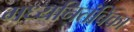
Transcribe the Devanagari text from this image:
मध्यनितंबिका